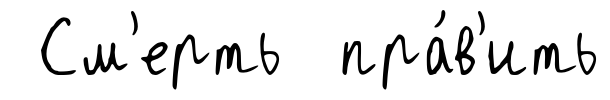
См'ерть пра́в'ить